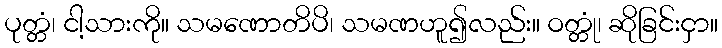
ပုတ္တံ၊ ငါ့သားကို။ သမဏောတိပိ၊ သမဏဟူ၍လည်း။ ဝတ္တုံ၊ ဆိုခြင်းငှာ။